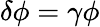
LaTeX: \delta\phi=\gamma\phi